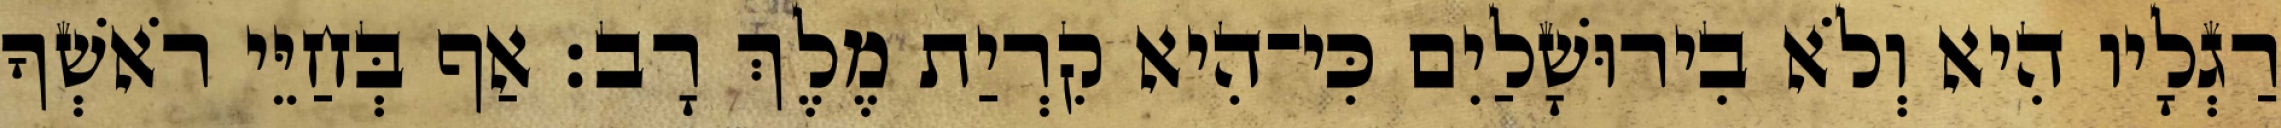
רַגְלָיו הִיא וְלֹא בִירוּשָׁלַיִם כִּי־הִיא קִרְיַת מֶלֶךְ רָב׃ אַף בְּחַיֵּי רֹאשְׁךָ